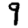
Digit: 9